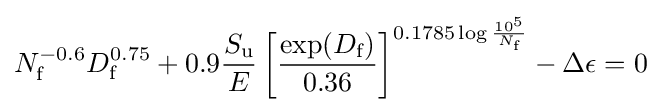
N_{\text{f}}^{-0.6}D_{\text{f}}^{0.75}+0.9{\frac {S_{\text{u}}}{E}}\left[{\frac {\exp(D_{\text{f}})}{0.36}}\right]^{0.1785\log {\frac {10^{5}}{N_{\text{f}}}}}-\Delta \epsilon =0